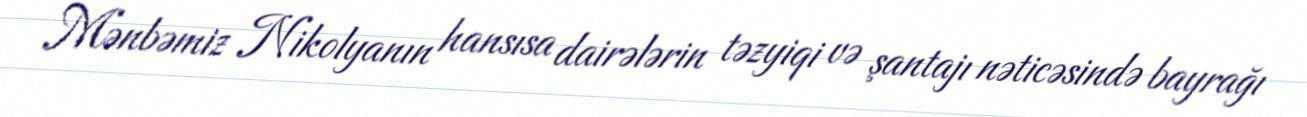
Mənbəmiz Nikolyanın hansısa dairələrin təzyiqi və şantajı nəticəsində bayrağı